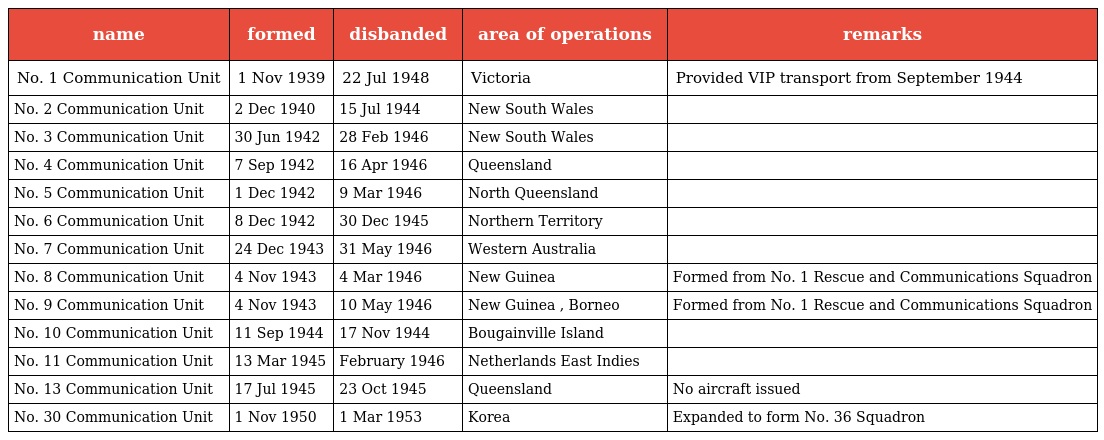
| name | formed | disbanded | area of operations | remarks |
 | --- | --- | --- | --- | --- |
 | No. 1 Communication Unit | 1 Nov 1939 | 22 Jul 1948 | Victoria | Provided VIP transport from September 1944 |
 | No. 2 Communication Unit | 2 Dec 1940 | 15 Jul 1944 | New South Wales |  |
 | No. 3 Communication Unit | 30 Jun 1942 | 28 Feb 1946 | New South Wales |  |
 | No. 4 Communication Unit | 7 Sep 1942 | 16 Apr 1946 | Queensland |  |
 | No. 5 Communication Unit | 1 Dec 1942 | 9 Mar 1946 | North Queensland |  |
 | No. 6 Communication Unit | 8 Dec 1942 | 30 Dec 1945 | Northern Territory |  |
 | No. 7 Communication Unit | 24 Dec 1943 | 31 May 1946 | Western Australia |  |
 | No. 8 Communication Unit | 4 Nov 1943 | 4 Mar 1946 | New Guinea | Formed from No. 1 Rescue and Communications Squadron |
 | No. 9 Communication Unit | 4 Nov 1943 | 10 May 1946 | New Guinea , Borneo | Formed from No. 1 Rescue and Communications Squadron |
 | No. 10 Communication Unit | 11 Sep 1944 | 17 Nov 1944 | Bougainville Island |  |
 | No. 11 Communication Unit | 13 Mar 1945 | February 1946 | Netherlands East Indies |  |
 | No. 13 Communication Unit | 17 Jul 1945 | 23 Oct 1945 | Queensland | No aircraft issued |
 | No. 30 Communication Unit | 1 Nov 1950 | 1 Mar 1953 | Korea | Expanded to form No. 36 Squadron |